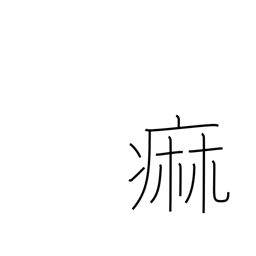
Meaning: paralysis